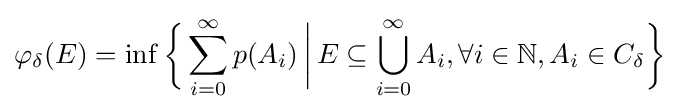
\varphi _{\delta }(E)=\inf {\biggl \{}\sum _{i=0}^{\infty }p(A_{i})\,{\bigg |}\,E\subseteq \bigcup _{i=0}^{\infty }A_{i},\forall i\in \mathbb {N} ,A_{i}\in C_{\delta }{\biggr \}}